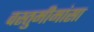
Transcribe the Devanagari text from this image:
वस्तुमीमांसा